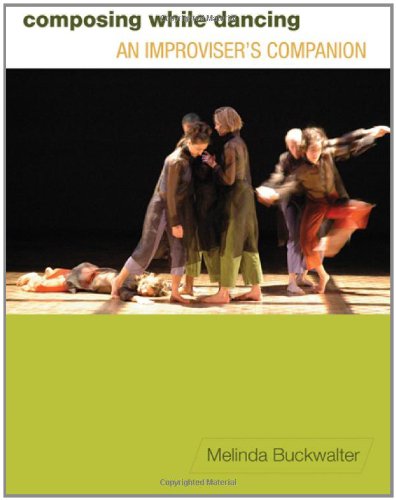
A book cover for Composing while Dancing: An ImproviserEEs Companion; Melinda Buckwalter; Humor & Entertainment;